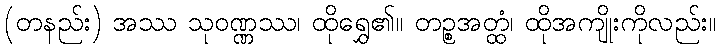
(တနည်း) အဿ သုဝဏ္ဏဿ၊ ထိုရွှေ၏။ တဉ္စအတ္ထံ၊ ထိုအကျိုးကိုလည်း။